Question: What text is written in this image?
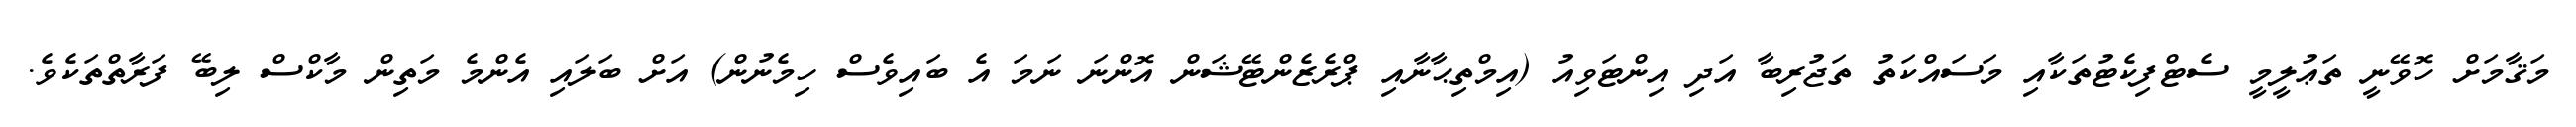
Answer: މަޤާމަށް ހޮވޭނީ ތަޢުލީމީ ސެޓްފިކެޓުތަކާއި މަސައްކަތު ތަޖުރިބާ އަދި އިންޓަވިއު (އިމްތިޙާނާއި ޕްރެޒެންޓޭޝަން އޮންނަ ނަމަ އެ ބައިވެސް ހިމެނުން) އަށް ބަލައި އެންމެ މަތިން މާކްސް ލިބޭ ފަރާތްތަކެވެ.